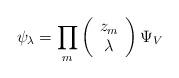
LaTeX: \begin{align*}\psi_\lambda = \prod_m \left( \begin{array}{c} z_m \\ \lambda \end{array}\right) \Psi_V \end{align*}